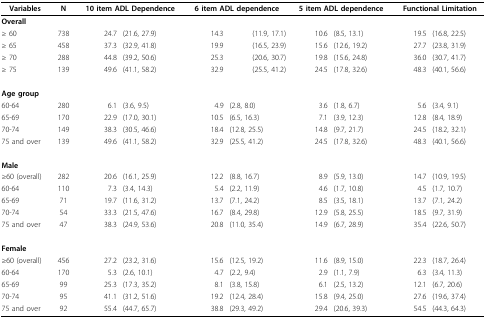
<table><thead><tr><td><b>Variables</b></td><td><b>N</b></td><td colspan="2"><b>10 item ADL Dependence</b></td><td colspan="2"><b>6 item ADL dependence</b></td><td colspan="2"><b>5 item ADL dependence</b></td><td colspan="2"><b>Functional Limitation</b></td></tr></thead><tbody><tr><td><b>Overall</b></td><td></td><td></td><td></td><td></td><td></td><td></td><td></td><td></td><td></td></tr><tr><td>≥ 60</td><td>738</td><td>24.7</td><td>(21.6, 27.9)</td><td>14.3</td><td>(11.9, 17.1)</td><td>10.6</td><td>(8.5, 13.1)</td><td>19.5</td><td>(16.8, 22.5)</td></tr><tr><td>≥ 65</td><td>458</td><td>37.3</td><td>(32.9, 41.8)</td><td>19.9</td><td>(16.5, 23.9)</td><td>15.6</td><td>(12.6, 19.2)</td><td>27.7</td><td>(23.8, 31.9)</td></tr><tr><td>≥ 70</td><td>288</td><td>44.8</td><td>(39.2, 50.6)</td><td>25.3</td><td>(20.6, 30.7)</td><td>19.8</td><td>(15.6, 24.8)</td><td>36.0</td><td>(30.7, 41.7)</td></tr><tr><td>≥ 75</td><td>139</td><td>49.6</td><td>(41.1, 58.2)</td><td>32.9</td><td>(25.5, 41.2)</td><td>24.5</td><td>(17.8, 32.6)</td><td>48.3</td><td>(40.1, 56.6)</td></tr><tr><td><b>Age group</b></td><td></td><td></td><td></td><td></td><td></td><td></td><td></td><td></td><td></td></tr><tr><td>60-64</td><td>280</td><td>6.1</td><td>(3.6, 9.5)</td><td>4.9</td><td>(2.8, 8.0)</td><td>3.6</td><td>(1.8, 6.7)</td><td>5.6</td><td>(3.4, 9.1)</td></tr><tr><td>65-69</td><td>170</td><td>22.9</td><td>(17.0, 30.1)</td><td>10.5</td><td>(6.5, 16.3)</td><td>7.1</td><td>(3.9, 12.3)</td><td>12.8</td><td>(8.4, 18.9)</td></tr><tr><td>70-74</td><td>149</td><td>38.3</td><td>(30.5, 46.6)</td><td>18.4</td><td>(12.8, 25.5)</td><td>14.8</td><td>(9.7, 21.7)</td><td>24.5</td><td>(18.2, 32.1)</td></tr><tr><td>75 and over</td><td>139</td><td>49.6</td><td>(41.1, 58.2)</td><td>32.9</td><td>(25.5, 41.2)</td><td>24.5</td><td>(17.8, 32.6)</td><td>48.3</td><td>(40.1, 56.6)</td></tr><tr><td><b>Male</b></td><td></td><td></td><td></td><td></td><td></td><td></td><td></td><td></td><td></td></tr><tr><td>≥60 (overall)</td><td>282</td><td>20.6</td><td>(16.1, 25.9)</td><td>12.2</td><td>(8.8, 16.7)</td><td>8.9</td><td>(5.9, 13.0)</td><td>14.7</td><td>(10.9, 19.5)</td></tr><tr><td>60-64</td><td>110</td><td>7.3</td><td>(3.4, 14.3)</td><td>5.4</td><td>(2.2, 11.9)</td><td>4.6</td><td>(1.7, 10.8)</td><td>4.5</td><td>(1.7, 10.7)</td></tr><tr><td>65-69</td><td>71</td><td>19.7</td><td>(11.6, 31.2)</td><td>13.7</td><td>(7.1, 24.2)</td><td>8.5</td><td>(3.5, 18.1)</td><td>13.7</td><td>(7.1, 24.2)</td></tr><tr><td>70-74</td><td>54</td><td>33.3</td><td>(21.5, 47.6)</td><td>16.7</td><td>(8.4, 29.8)</td><td>12.9</td><td>(5.8, 25.5)</td><td>18.5</td><td>(9.7, 31.9)</td></tr><tr><td>75 and over</td><td>47</td><td>38.3</td><td>(24.9, 53.6)</td><td>20.8</td><td>(11.0, 35.4)</td><td>14.9</td><td>(6.7, 28.9)</td><td>35.4</td><td>(22.6, 50.7)</td></tr><tr><td><b>Female</b></td><td></td><td></td><td></td><td></td><td></td><td></td><td></td><td></td><td></td></tr><tr><td>≥60 (overall)</td><td>456</td><td>27.2</td><td>(23.2, 31.6)</td><td>15.6</td><td>(12.5, 19.2)</td><td>11.6</td><td>(8.9, 15.0)</td><td>22.3</td><td>(18.7, 26.4)</td></tr><tr><td>60-64</td><td>170</td><td>5.3</td><td>(2.6, 10.1)</td><td>4.7</td><td>(2.2, 9.4)</td><td>2.9</td><td>(1.1, 7.9)</td><td>6.3</td><td>(3.4, 11.3)</td></tr><tr><td>65-69</td><td>99</td><td>25.3</td><td>(17.3, 35.2)</td><td>8.1</td><td>(3.8, 15.8)</td><td>6.1</td><td>(2.5, 13.2)</td><td>12.1</td><td>(6.7, 20.6)</td></tr><tr><td>70-74</td><td>95</td><td>41.1</td><td>(31.2, 51.6)</td><td>19.2</td><td>(12.4, 28.4)</td><td>15.8</td><td>(9.4, 25.0)</td><td>27.6</td><td>(19.6, 37.4)</td></tr><tr><td>75 and over</td><td>92</td><td>55.4</td><td>(44.7, 65.7)</td><td>38.8</td><td>(29.3, 49.2)</td><td>29.4</td><td>(20.6, 39.3)</td><td>54.5</td><td>(44.3, 64.3)</td></tr></tbody></table>